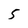
Character: 5